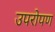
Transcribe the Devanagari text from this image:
उपरोपण